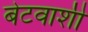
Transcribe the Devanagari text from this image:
बेटवाशी